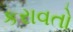
કરાવતો